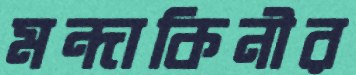
মন্দাকিনীর